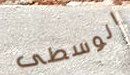
الوسطى